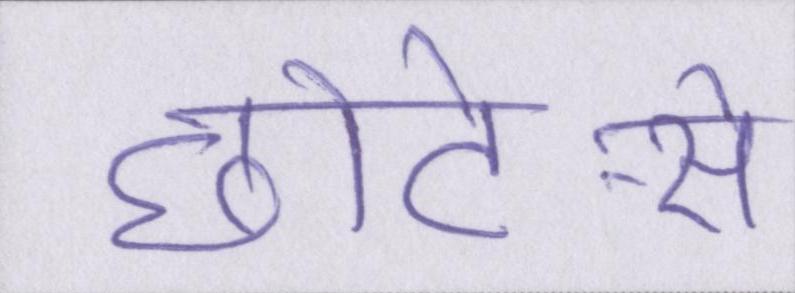
छोटे-से